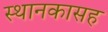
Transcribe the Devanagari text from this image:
स्थानकासह